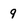
Character: 9